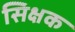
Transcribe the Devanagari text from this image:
सिक्षक